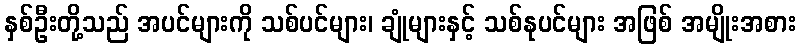
နှစ်ဦးတို့သည် အပင်များကို သစ်ပင်များ၊ ချုံများနှင့် သစ်နုပင်များ အဖြစ် အမျိုးအစား